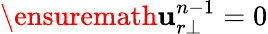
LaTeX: \ensuremath{\mathbf{u}}_{r\bot}^{n-1}=0